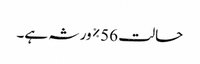
حالت 56٪ ورثہ ہے۔